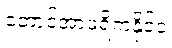
တောင်အာဖရိကနိုင်ငံ